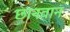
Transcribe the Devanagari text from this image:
छानवान